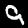
Label: 9